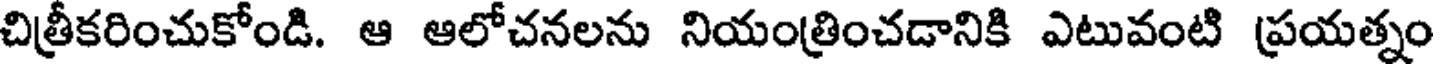
చిత్రీకరించుకోండి. ఆ ఆలోచనలను నియంత్రించడానికి ఎటువంటి ప్రయత్నం